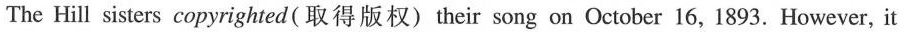
The Hill sisters copyrighted (取得版权) their song on October 16, 1893. However, it